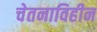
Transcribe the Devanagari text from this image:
चेतनाविहीन